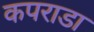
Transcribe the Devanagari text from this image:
कपराडा